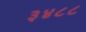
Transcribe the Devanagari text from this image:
३४८८